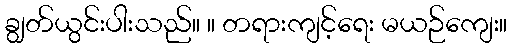
ချွတ်ယွင်းပါးသည်။ ။ တရားကျင့်ရေး မယဉ်ကျေး။